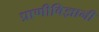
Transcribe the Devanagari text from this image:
प्राणीविज्ञानी